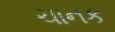
ચાનક